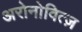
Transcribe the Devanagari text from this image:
अरोनोवित्ज़